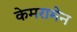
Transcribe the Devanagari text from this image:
केमरामेन